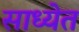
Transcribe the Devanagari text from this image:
साध्येत